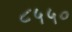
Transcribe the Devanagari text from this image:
८५५०